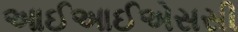
આઈઆઈએસસી